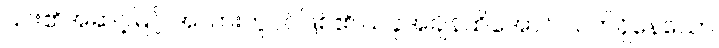
၎င်း၏အဆင့်မြင့် အလားတူပင်ဖြစ်၏ ယခုအချိန်ထိအောင် လက်ရှိနေသော